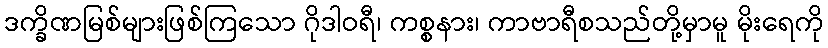
ဒက္ခိဏမြစ်များဖြစ်ကြသော ဂိုဒါဝရီ၊ ကစ္စနား၊ ကာဗာရီစသည်တို့မှာမူ မိုးရေကို